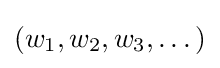
(w_{1},w_{2},w_{3},\dots )